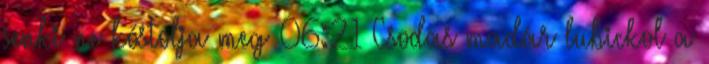
senki ne kóstolja meg 06:21 Csodás madár lubickol a